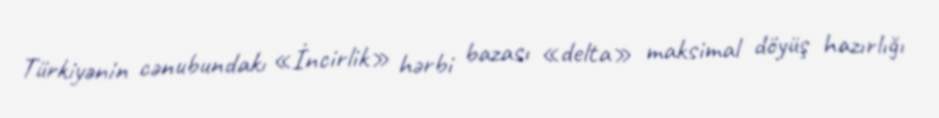
Türkiyənin cənubundakı «İncirlik» hərbi bazası «delta» maksimal döyüş hazırlığı